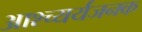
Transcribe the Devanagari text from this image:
आश्च्यर्यजनक